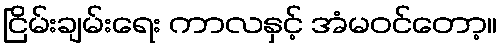
ငြိမ်းချမ်းရေး ကာလနှင့် အံမဝင်တော့။